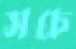
সচে